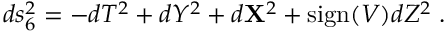
d s _ { 6 } ^ { 2 } = - d T ^ { 2 } + d Y ^ { 2 } + d { \bf X } ^ { 2 } + \mathrm { s i g n } ( V ) d Z ^ { 2 } \; .